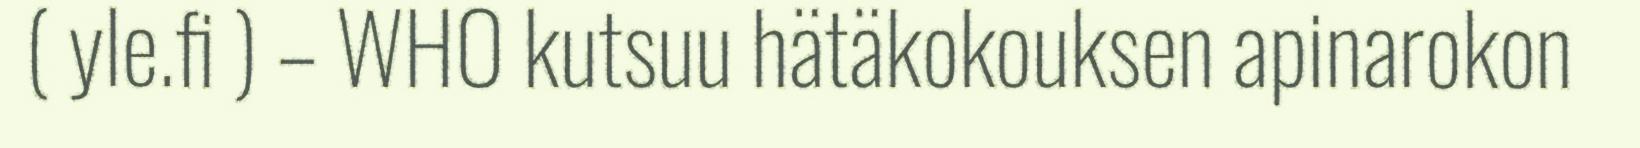
( yle.fi ) – WHO kutsuu hätäkokouksen apinarokon